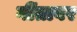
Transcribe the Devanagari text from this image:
गींतावर